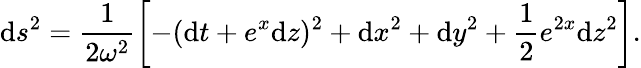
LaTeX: \mathrm{d}s^{2}=\frac{1}{{2\omega^{2}}}\left[-(\mathrm{d}t+e^{x}\mathrm{d}z)^{2}+\mathrm{d}x^{2}+\mathrm{d}y^{2}+\frac{1}{2}e^{2x}\mathrm{d}z^{2}\right].